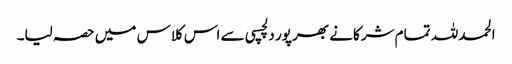
الحمدللہ تمام شرکانے بھر پور دلچسپی سے اس کلاس میں حصہ لیا۔